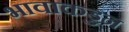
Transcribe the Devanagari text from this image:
भावाकडुन